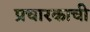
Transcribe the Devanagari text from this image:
प्रचारकाची